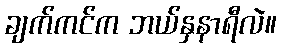
ချက်ကင်က ဘယ်နှနာရီလဲ။